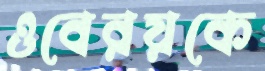
ওবেরয়কে